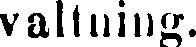
valtning.